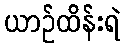
ယာဉ်ထိန်းရဲ